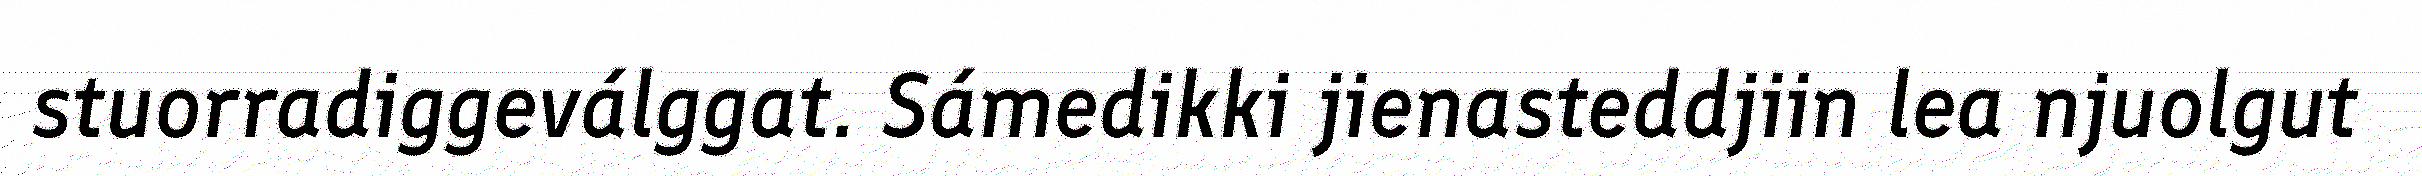
stuorradiggeválggat. Sámedikki jienasteddjiin lea njuolgut